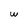
Character: w